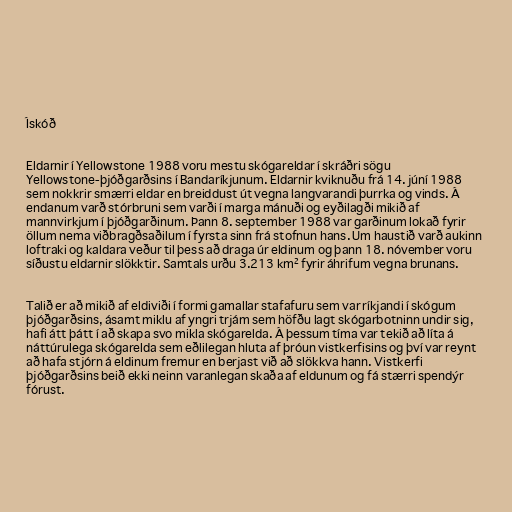
Ískóð

Eldarnir í Yellowstone 1988 voru mestu skógareldar í skráðri sögu
Yellowstone-þjóðgarðsins í Bandaríkjunum. Eldarnir kviknuðu frá 14. júní 1988
sem nokkrir smærri eldar en breiddust út vegna langvarandi þurrka og vinds. Á
endanum varð stórbruni sem varði í marga mánuði og eyðilagði mikið af
mannvirkjum í þjóðgarðinum. Þann 8. september 1988 var garðinum lokað fyrir
öllum nema viðbragðsaðilum í fyrsta sinn frá stofnun hans. Um haustið varð aukinn
loftraki og kaldara veður til þess að draga úr eldinum og þann 18. nóvember voru
síðustu eldarnir slökktir. Samtals urðu 3.213 km² fyrir áhrifum vegna brunans.

Talið er að mikið af eldiviði í formi gamallar stafafuru sem var ríkjandi í skógum
þjóðgarðsins, ásamt miklu af yngri trjám sem höfðu lagt skógarbotninn undir sig,
hafi átt þátt í að skapa svo mikla skógarelda. Á þessum tíma var tekið að líta á
náttúrulega skógarelda sem eðlilegan hluta af þróun vistkerfisins og því var reynt
að hafa stjórn á eldinum fremur en berjast við að slökkva hann. Vistkerfi
þjóðgarðsins beið ekki neinn varanlegan skaða af eldunum og fá stærri spendýr
fórust.